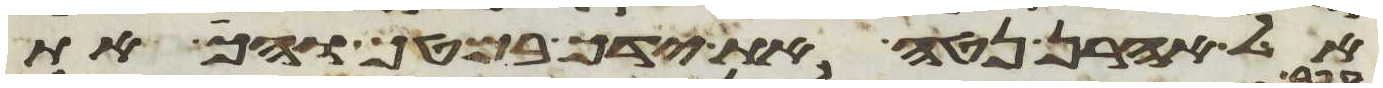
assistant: אל אהרן נטה את ידך במטך והך את